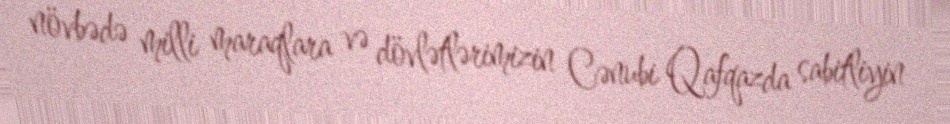
növbədə milli maraqlara və dövlətlərimizin Cənubi Qafqazda sabitliyin